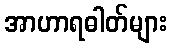
အာဟာရဓါတ်များ